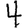
Digit: 4